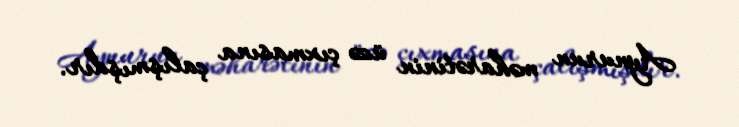
Aynurun məharətinin üzə çıxmasına çalışmışdır.